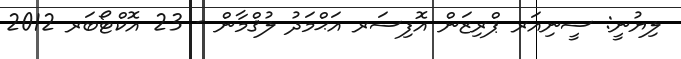
ލިޔުނީ: ސީނިއަރ ޕްރިޒަން އޮފިސަރ އަޙްމަދު ލުޤްމާން - 23 އޮކްޓޯބަރ 2012